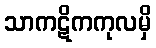
သာကဋိကကုလမှိ